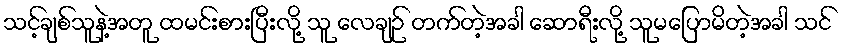
သင့်ချစ်သူနဲ့အတူ ထမင်းစားပြီးလို့ သူ လေချဉ် တက်တဲ့အခါ ဆောရီးလို့ သူမပြောမိတဲ့အခါ သင်